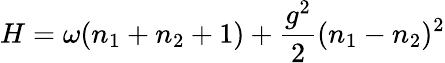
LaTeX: H=\omega(n_{1}+n_{2}+1)+\frac{g^{2}}{2}(n_{1}-n_{2})^{2}